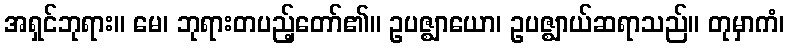
အရှင်ဘုရား။ မေ၊ ဘုရားတပည့်တော်၏။ ဥပဇ္ဈာယော၊ ဥပဇ္ဈာယ်ဆရာသည်။ တုမှာကံ၊